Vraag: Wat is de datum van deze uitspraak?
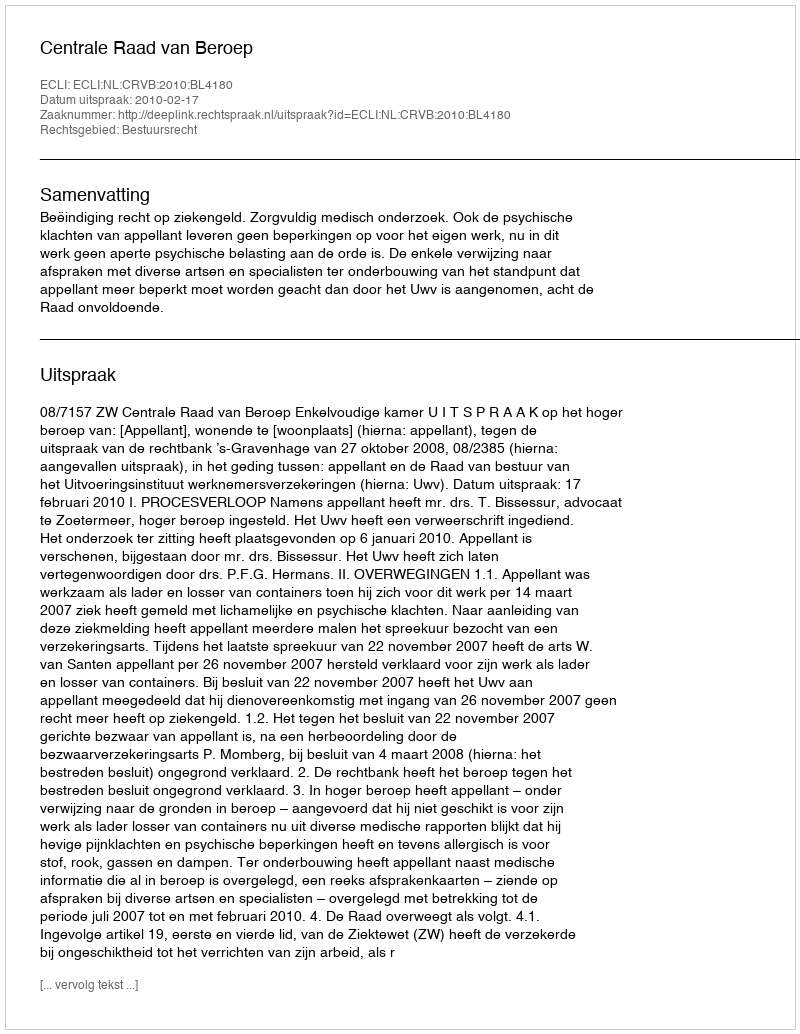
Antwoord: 2010-02-17